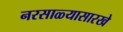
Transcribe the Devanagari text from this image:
नरसाळ्यासारखे